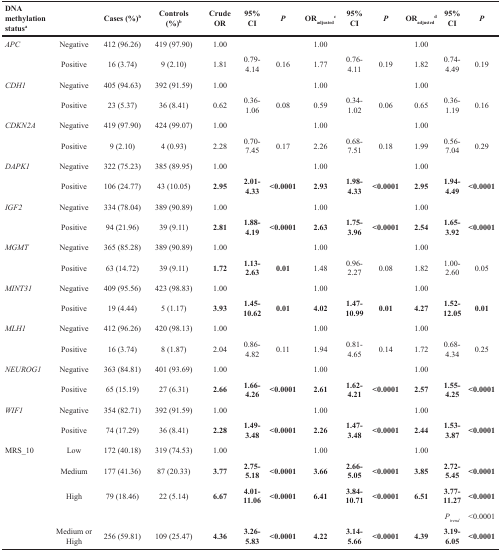
<table><thead><tr><td><b>DNA methylation status<sup>a</sup></b></td><td></td><td><b>Cases (%)<sup>b</sup></b></td><td><b>Controls (%)<sup>b</sup></b></td><td><b>Crude OR</b></td><td><b>95% CI</b></td><td><b><i>P</i></b></td><td><b>OR<sub>adjusted</sub><sup>c</sup></b></td><td><b>95% CI</b></td><td><b><i>P</i></b></td><td><b>OR<sub>adjusted</sub><sup>d</sup></b></td><td><b>95% CI</b></td><td><b><i>P</i></b></td></tr></thead><tbody><tr><td><i>APC</i></td><td>Negative</td><td>412 (96.26)</td><td>419 (97.90)</td><td>1.00</td><td></td><td></td><td>1.00</td><td></td><td></td><td>1.00</td><td></td><td></td></tr><tr><td></td><td>Positive</td><td>16 (3.74)</td><td>9 (2.10)</td><td>1.81</td><td>0.79-4.14</td><td>0.16</td><td>1.77</td><td>0.76-4.11</td><td>0.19</td><td>1.82</td><td>0.74-4.49</td><td>0.19</td></tr><tr><td><i>CDH1</i></td><td>Negative</td><td>405 (94.63)</td><td>392 (91.59)</td><td>1.00</td><td></td><td></td><td>1.00</td><td></td><td></td><td>1.00</td><td></td><td></td></tr><tr><td></td><td>Positive</td><td>23 (5.37)</td><td>36 (8.41)</td><td>0.62</td><td>0.36-1.06</td><td>0.08</td><td>0.59</td><td>0.34-1.02</td><td>0.06</td><td>0.65</td><td>0.36-1.19</td><td>0.16</td></tr><tr><td><i>CDKN2A</i></td><td>Negative</td><td>419 (97.90)</td><td>424 (99.07)</td><td>1.00</td><td></td><td></td><td>1.00</td><td></td><td></td><td>1.00</td><td></td><td></td></tr><tr><td></td><td>Positive</td><td>9 (2.10)</td><td>4 (0.93)</td><td>2.28</td><td>0.70-7.45</td><td>0.17</td><td>2.26</td><td>0.68-7.51</td><td>0.18</td><td>1.99</td><td>0.56-7.04</td><td>0.29</td></tr><tr><td><i>DAPK1</i></td><td>Negative</td><td>322 (75.23)</td><td>385 (89.95)</td><td>1.00</td><td></td><td></td><td>1.00</td><td></td><td></td><td>1.00</td><td></td><td></td></tr><tr><td></td><td>Positive</td><td>106 (24.77)</td><td>43 (10.05)</td><td><b>2.95</b></td><td><b>2.01-4.33</b></td><td><b>&lt;0.0001</b></td><td><b>2.93</b></td><td><b>1.98-4.33</b></td><td><b>&lt;0.0001</b></td><td><b>2.95</b></td><td><b>1.94-4.49</b></td><td><b>&lt;0.0001</b></td></tr><tr><td><i>IGF2</i></td><td>Negative</td><td>334 (78.04)</td><td>389 (90.89)</td><td>1.00</td><td></td><td></td><td>1.00</td><td></td><td></td><td>1.00</td><td></td><td></td></tr><tr><td></td><td>Positive</td><td>94 (21.96)</td><td>39 (9.11)</td><td><b>2.81</b></td><td><b>1.88-4.19</b></td><td><b>&lt;0.0001</b></td><td><b>2.63</b></td><td><b>1.75-3.96</b></td><td><b>&lt;0.0001</b></td><td><b>2.54</b></td><td><b>1.65-3.92</b></td><td><b>&lt;0.0001</b></td></tr><tr><td><i>MGMT</i></td><td>Negative</td><td>365 (85.28)</td><td>389 (90.89)</td><td>1.00</td><td></td><td></td><td>1.00</td><td></td><td></td><td>1.00</td><td></td><td></td></tr><tr><td></td><td>Positive</td><td>63 (14.72)</td><td>39 (9.11)</td><td><b>1.72</b></td><td><b>1.13-2.63</b></td><td><b>0.01</b></td><td>1.48</td><td>0.96-2.27</td><td>0.08</td><td>1.82</td><td>1.00-2.60</td><td>0.05</td></tr><tr><td><i>MINT31</i></td><td>Negative</td><td>409 (95.56)</td><td>423 (98.83)</td><td>1.00</td><td></td><td></td><td>1.00</td><td></td><td></td><td>1.00</td><td></td><td></td></tr><tr><td></td><td>Positive</td><td>19 (4.44)</td><td>5 (1.17)</td><td><b>3.93</b></td><td><b>1.45-10.62</b></td><td><b>0.01</b></td><td><b>4.02</b></td><td><b>1.47-10.99</b></td><td><b>0.01</b></td><td><b>4.27</b></td><td><b>1.52-12.05</b></td><td><b>0.01</b></td></tr><tr><td><i>MLH1</i></td><td>Negative</td><td>412 (96.26)</td><td>420 (98.13)</td><td>1.00</td><td></td><td></td><td>1.00</td><td></td><td></td><td>1.00</td><td></td><td></td></tr><tr><td></td><td>Positive</td><td>16 (3.74)</td><td>8 (1.87)</td><td>2.04</td><td>0.86-4.82</td><td>0.11</td><td>1.94</td><td>0.81-4.65</td><td>0.14</td><td>1.72</td><td>0.68-4.34</td><td>0.25</td></tr><tr><td><i>NEUROG1</i></td><td>Negative</td><td>363 (84.81)</td><td>401 (93.69)</td><td>1.00</td><td></td><td></td><td>1.00</td><td></td><td></td><td>1.00</td><td></td><td></td></tr><tr><td></td><td>Positive</td><td>65 (15.19)</td><td>27 (6.31)</td><td><b>2.66</b></td><td><b>1.66-4.26</b></td><td><b>&lt;0.0001</b></td><td><b>2.61</b></td><td><b>1.62-4.21</b></td><td><b>&lt;0.0001</b></td><td><b>2.57</b></td><td><b>1.55-4.25</b></td><td><b>&lt;0.0001</b></td></tr><tr><td><i>WIF1</i></td><td>Negative</td><td>354 (82.71)</td><td>392 (91.59)</td><td>1.00</td><td></td><td></td><td>1.00</td><td></td><td></td><td>1.00</td><td></td><td></td></tr><tr><td></td><td>Positive</td><td>74 (17.29)</td><td>36 (8.41)</td><td><b>2.28</b></td><td><b>1.49-3.48</b></td><td><b>&lt;0.0001</b></td><td><b>2.26</b></td><td><b>1.47-3.48</b></td><td><b>&lt;0.0001</b></td><td><b>2.44</b></td><td><b>1.53-3.87</b></td><td><b>&lt;0.0001</b></td></tr><tr><td>MRS_10</td><td>Low</td><td>172 (40.18)</td><td>319 (74.53)</td><td>1.00</td><td></td><td></td><td>1.00</td><td></td><td></td><td>1.00</td><td></td><td></td></tr><tr><td></td><td>Medium</td><td>177 (41.36)</td><td>87 (20.33)</td><td><b>3.77</b></td><td><b>2.75-5.18</b></td><td><b>&lt;0.0001</b></td><td><b>3.66</b></td><td><b>2.66-5.05</b></td><td><b>&lt;0.0001</b></td><td><b>3.85</b></td><td><b>2.72-5.45</b></td><td><b>&lt;0.0001</b></td></tr><tr><td></td><td>High</td><td>79 (18.46)</td><td>22 (5.14)</td><td><b>6.67</b></td><td><b>4.01-11.06</b></td><td><b>&lt;0.0001</b></td><td><b>6.41</b></td><td><b>3.84-10.71</b></td><td><b>&lt;0.0001</b></td><td><b>6.51</b></td><td><b>3.77-11.27</b></td><td><b>&lt;0.0001</b></td></tr><tr><td></td><td></td><td></td><td></td><td></td><td></td><td></td><td></td><td></td><td></td><td></td><td><i>Ptrend</i></td><td>&lt;0.0001</td></tr><tr><td></td><td>Medium or High</td><td>256 (59.81)</td><td>109 (25.47)</td><td><b>4.36</b></td><td><b>3.26-5.83</b></td><td><b>&lt;0.0001</b></td><td><b>4.22</b></td><td><b>3.14-5.66</b></td><td><b>&lt;0.0001</b></td><td><b>4.39</b></td><td><b>3.19-6.05</b></td><td><b>&lt;0.0001</b></td></tr></tbody></table>